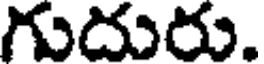
గుదురు.